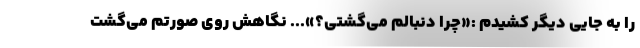
را به جایی دیگر کشیدم :«چرا دنبالم می‌گشتی؟»... نگاهش روی صورتم می‌گشت